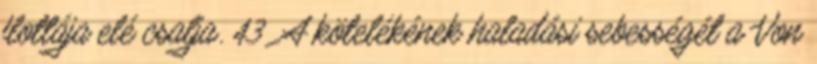
flottája elé csalja. 43 A kötelékének haladási sebességét a Von